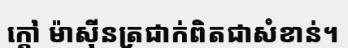
ក្តៅ ម៉ាស៊ីនត្រជាក់ពិតជាសំខាន់។